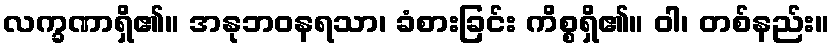
လက္ခဏာရှိ၏။ အနုဘဝနရသာ၊ ခံစားခြင်း ကိစ္စရှိ၏။ ဝါ၊ တစ်နည်း။